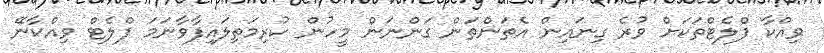
ވިއްކާ ފްލެޓްތަކަށް ވުރެ ގިނައިން އެތަންތަން ގަންނަން މީހުން ކުރިމަތިލައިފާވާނަމަ ފްލެޓް ވިއްކާނޭ